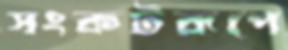
সংকটরূপে